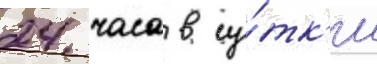
24 часа в су́тк'и